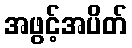
အဖွင့်အပိတ်